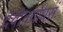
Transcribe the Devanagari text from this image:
देवीवर्योधसं